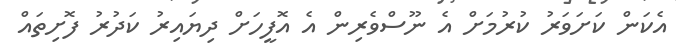
އެކަން ކަށަވަރު ކުރުމަށް އެ ނޫސްވެރިން އެ އޮފީހަށް ދިޔައިރު ކަދުރު ފޮށިތައް